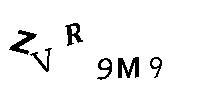
ZVR9M9